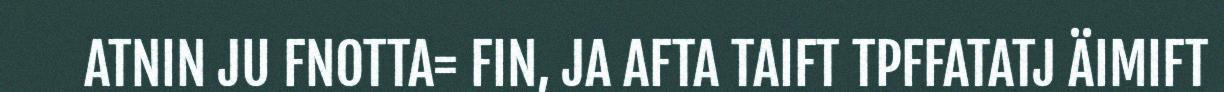
ATNIN JU FNOTTA= FIN, JA AFTA TAIFT TPFFATATJ ÄIMIFT